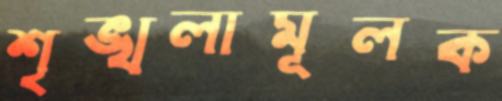
শৃঙ্খলামূলক